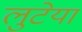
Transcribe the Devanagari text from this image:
लुटेया